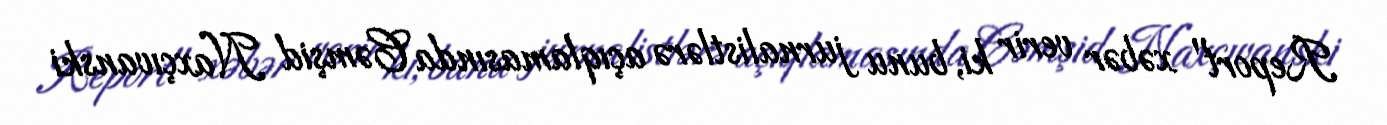
Report" xəbər verir ki, bunu jurnalistlərə açıqlamasında Cəmşid Naxçıvanski